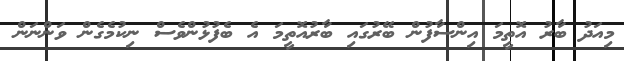
މިއަދު ބާރު އޮތީމަ އިންސާފުން ބޭރުގައި ބާރުއޮތީމަ އެ ބެފުޅުންވެސް ނިކުމެގެން ވަންނަން